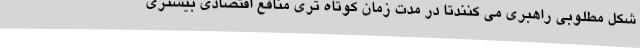
شکل مطلوبی راهبری می کنندتا در مدت زمان کوتاه تری منافع اقتصادی بیشتری